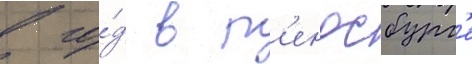
в го́д в р'ендсбург'е